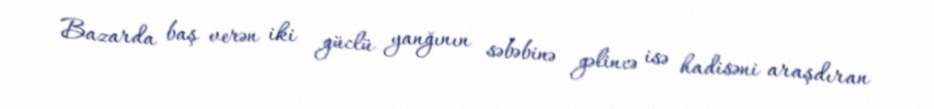
Bazarda baş verən iki güclü yanğının səbəbinə gəlincə isə hadisəni araşdıran